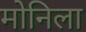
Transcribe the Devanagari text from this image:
मोनिला